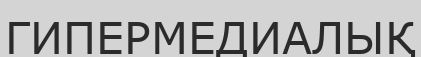
ГИПЕРМЕДИАЛЫҚ